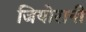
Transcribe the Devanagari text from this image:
जियोरानी